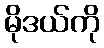
မိုဒယ်ကို